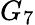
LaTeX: G_{7}